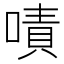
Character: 嘖